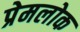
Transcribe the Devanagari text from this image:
प्रेमलोक